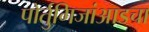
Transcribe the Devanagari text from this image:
पोर्तुगिजांआडचा